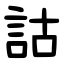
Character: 詁